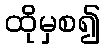
ထိုမှစ၍